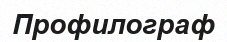
Профилограф